Annual report on the Civil Veterinary Department, Burma (including the Insein Veterinary School) - 1910-1922
Year: 1910
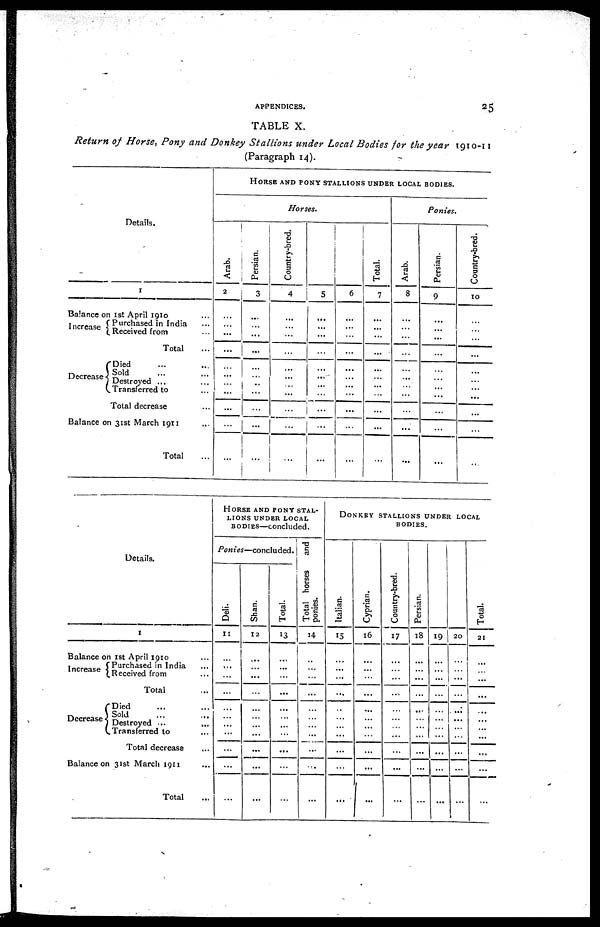
APPENDICES.
25
TABLE X.
Return of Horse, Pony and Donkey Stallions under Local Bodies for the year 1910-11
(Paragraph 14).
Details.
1
Balance on 1st April 1910 ...
Increase
Decrease
Purchased in India ...
Received from ...
Total ...
Died ... ...
Sold
...
...
Destroyed ...
Transferred to
Total decrease
Balance on 31st March 1911 ...
Total ...
HORSE AND PONY STALLIONS UNDER LOCAL BODIES.
Horses.
Arab.
2
...
...
...
...
...
... ...
...
...
...
...
Persian.
3
...
...
...
...
...
...
...
...
...
...
...
Country-bred.
4
...
...
...
...
...
...
...
...
...
...
...
5
...
...
...
...
...
...
...
...
...
...
...
6
...
...
...
...
...
...
...
...
...
...
...
Total.
7
...
...
...
...
...
...
...
...
...
...
...
Ponies.
Arab.
8
...
...
...
...
...
...
...
...
...
...
...
Persian.
9
...
...
...
...
...
...
...
...
...
...
...
Country-bred.
10
...
...
...
...
...
...
...
...
...
...
...
Details.
1
Balance on 1st April 1910 ...
Increase
Decrease
Purchased in India ...
Received from ...
Total ...
Died ... ...
Sold ... ...
Destroyed ... ...
Transferred to ...
Total decrease ...
Balance on 31st March 1911 ...
Total ...
HORSE AND PONY STAL-
LIONS UNDER LOCAL
BODIES—concluded.
Ponies—concluded.
Deli.
11
...
...
...
...
...
...
...
...
...
...
...
Shan.
12
...
...
...
...
...
...
...
...
...
...
...
Total.
13
...
...
...
...
...
...
...
...
...
...
...
Total horses
and
ponies.
14
...
...
...
...
...
...
...
...
...
...
...
DONKEY STALLIONS UNDER LOCAL
BODIES.
Italian.
15
...
...
...
...
...
...
...
...
...
...
...
Cyprian.
16
...
...
...
...
...
...
...
...
...
...
. . .
Country-bred.
17
...
...
...
...
...
...
...
...
...
...
...
Persian.
18
...
...
...
...
...
...
...
...
...
...
...
19
...
...
...
...
...
...
...
...
...
...
...
20
...
...
...
...
...
...
...
...
...
...
...
Total.
21
...
...
...
...
...
...
...
...
...
...
...